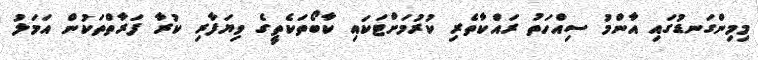
މިމިންގަނޑުގައި އާންމު ސިއްހަތު ރައްކާތެރި ކުރުމަށްޓަކައި ކާބޯތަކެތީގެ ވިޔަފާރި ކުރާ ފަރާތްތަކުން އަމަލު